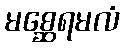
မစ္ဆေရမလံ